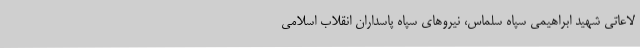
لاعاتی شهید ابراهیمی سپاه سلماس، نیروهای سپاه پاسداران انقلاب اسلامی